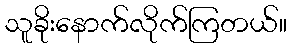
သူခိုးနောက်လိုက်ကြတယ်။